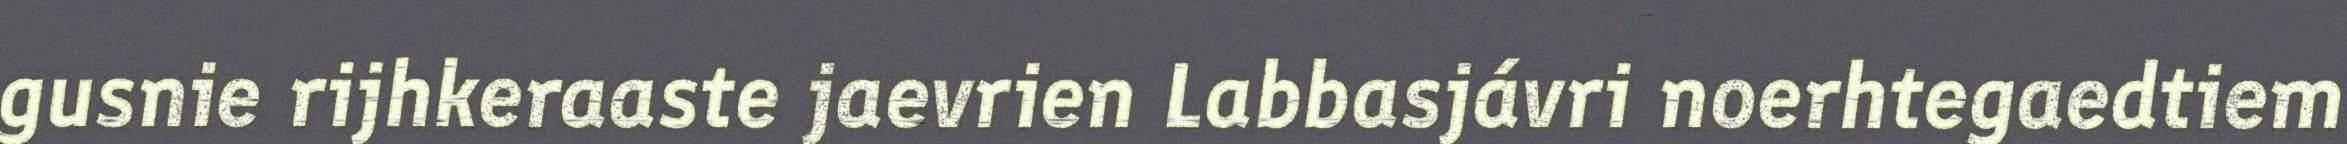
gusnie rijhkeraaste jaevrien Labbasjávri noerhtegaedtiem